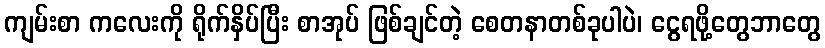
ကျမ်းစာ ကလေးကို ရိုက်နှိပ်ပြီး စာအုပ် ဖြစ်ချင်တဲ့ စေတနာတစ်ခုပါပဲ၊ ငွေရဖို့တွေဘာတွေ